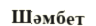
Шәмбет